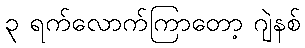
၃ ရက်လောက်ကြာတော့ ဂျဲနစ်